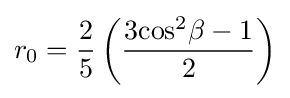
{r_{0}}={2 \over 5}\left({{3{{\cos }^{2}}\beta -1} \over 2}\right)